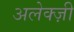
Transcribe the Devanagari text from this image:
अलेक्ज़ी